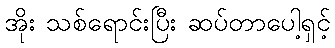
အိုး သစ်ရောင်းပြီး ဆပ်တာပေါ့ရှင့်